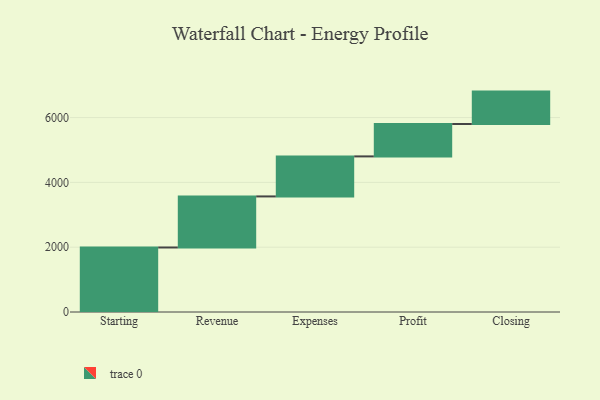
{"axis": {"x": "Step", "y": "Value"}, "legend": [""], "data": [{"x": "Starting", "y": 1991.0, "type": ""}, {"x": "Revenue", "y": 1576.0, "type": ""}, {"x": "Expenses", "y": 1235.0, "type": ""}, {"x": "Profit", "y": 1000, "type": ""}, {"x": "Closing", "y": 1000, "type": ""}]}